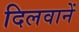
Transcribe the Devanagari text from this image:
दिलवानें